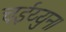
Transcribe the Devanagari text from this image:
चईय्युन।